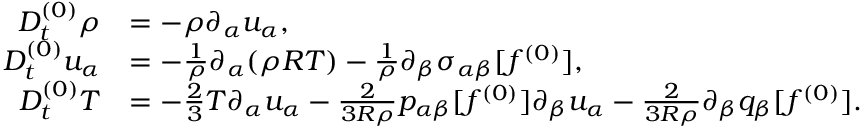
\begin{array} { r l } { D _ { t } ^ { ( 0 ) } \rho } & { = - \rho \partial _ { \alpha } u _ { \alpha } , } \\ { D _ { t } ^ { ( 0 ) } u _ { \alpha } } & { = - \frac { 1 } { \rho } \partial _ { \alpha } ( \rho R T ) - \frac { 1 } { \rho } \partial _ { \beta } \sigma _ { \alpha \beta } [ f ^ { ( 0 ) } ] , } \\ { D _ { t } ^ { ( 0 ) } T } & { = - \frac { 2 } { 3 } T \partial _ { \alpha } u _ { \alpha } - \frac { 2 } { 3 R \rho } p _ { \alpha \beta } [ f ^ { ( 0 ) } ] \partial _ { \beta } u _ { \alpha } - \frac { 2 } { 3 R \rho } \partial _ { \beta } q _ { \beta } [ f ^ { ( 0 ) } ] . } \end{array}